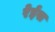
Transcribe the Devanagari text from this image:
रेईस